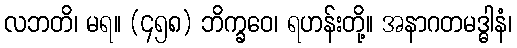
လဘတိ၊ မရ။ (၄၅၈) ဘိက္ခဝေ၊ ရဟန်းတို့။ အနာဂတမဒ္ဓါနံ၊